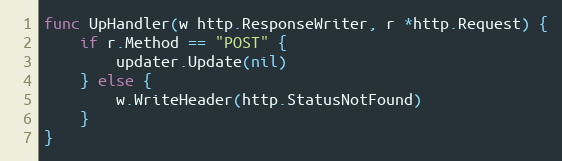
Language: Go
func UpHandler(w http.ResponseWriter, r *http.Request) {
	if r.Method == "POST" {
		updater.Update(nil)
	} else {
		w.WriteHeader(http.StatusNotFound)
	}
}